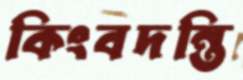
কিংবদন্তি